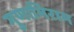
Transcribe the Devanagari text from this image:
गुणाभिराम